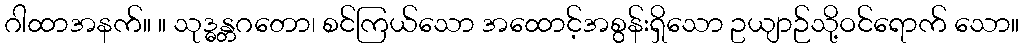
ဂါထာအနက်။ ။ သုဒ္ဓန္တဂတော၊ စင်ကြယ်သော အထောင့်အစွန်းရှိသော ဥယျာဉ်သို့ဝင်ရောက် သော။